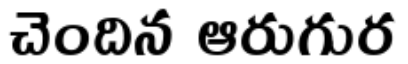
చెందిన ఆరుగుర